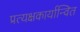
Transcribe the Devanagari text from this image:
प्रत्यक्षकार्यान्वित